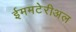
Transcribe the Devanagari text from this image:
ईममटेरीअल